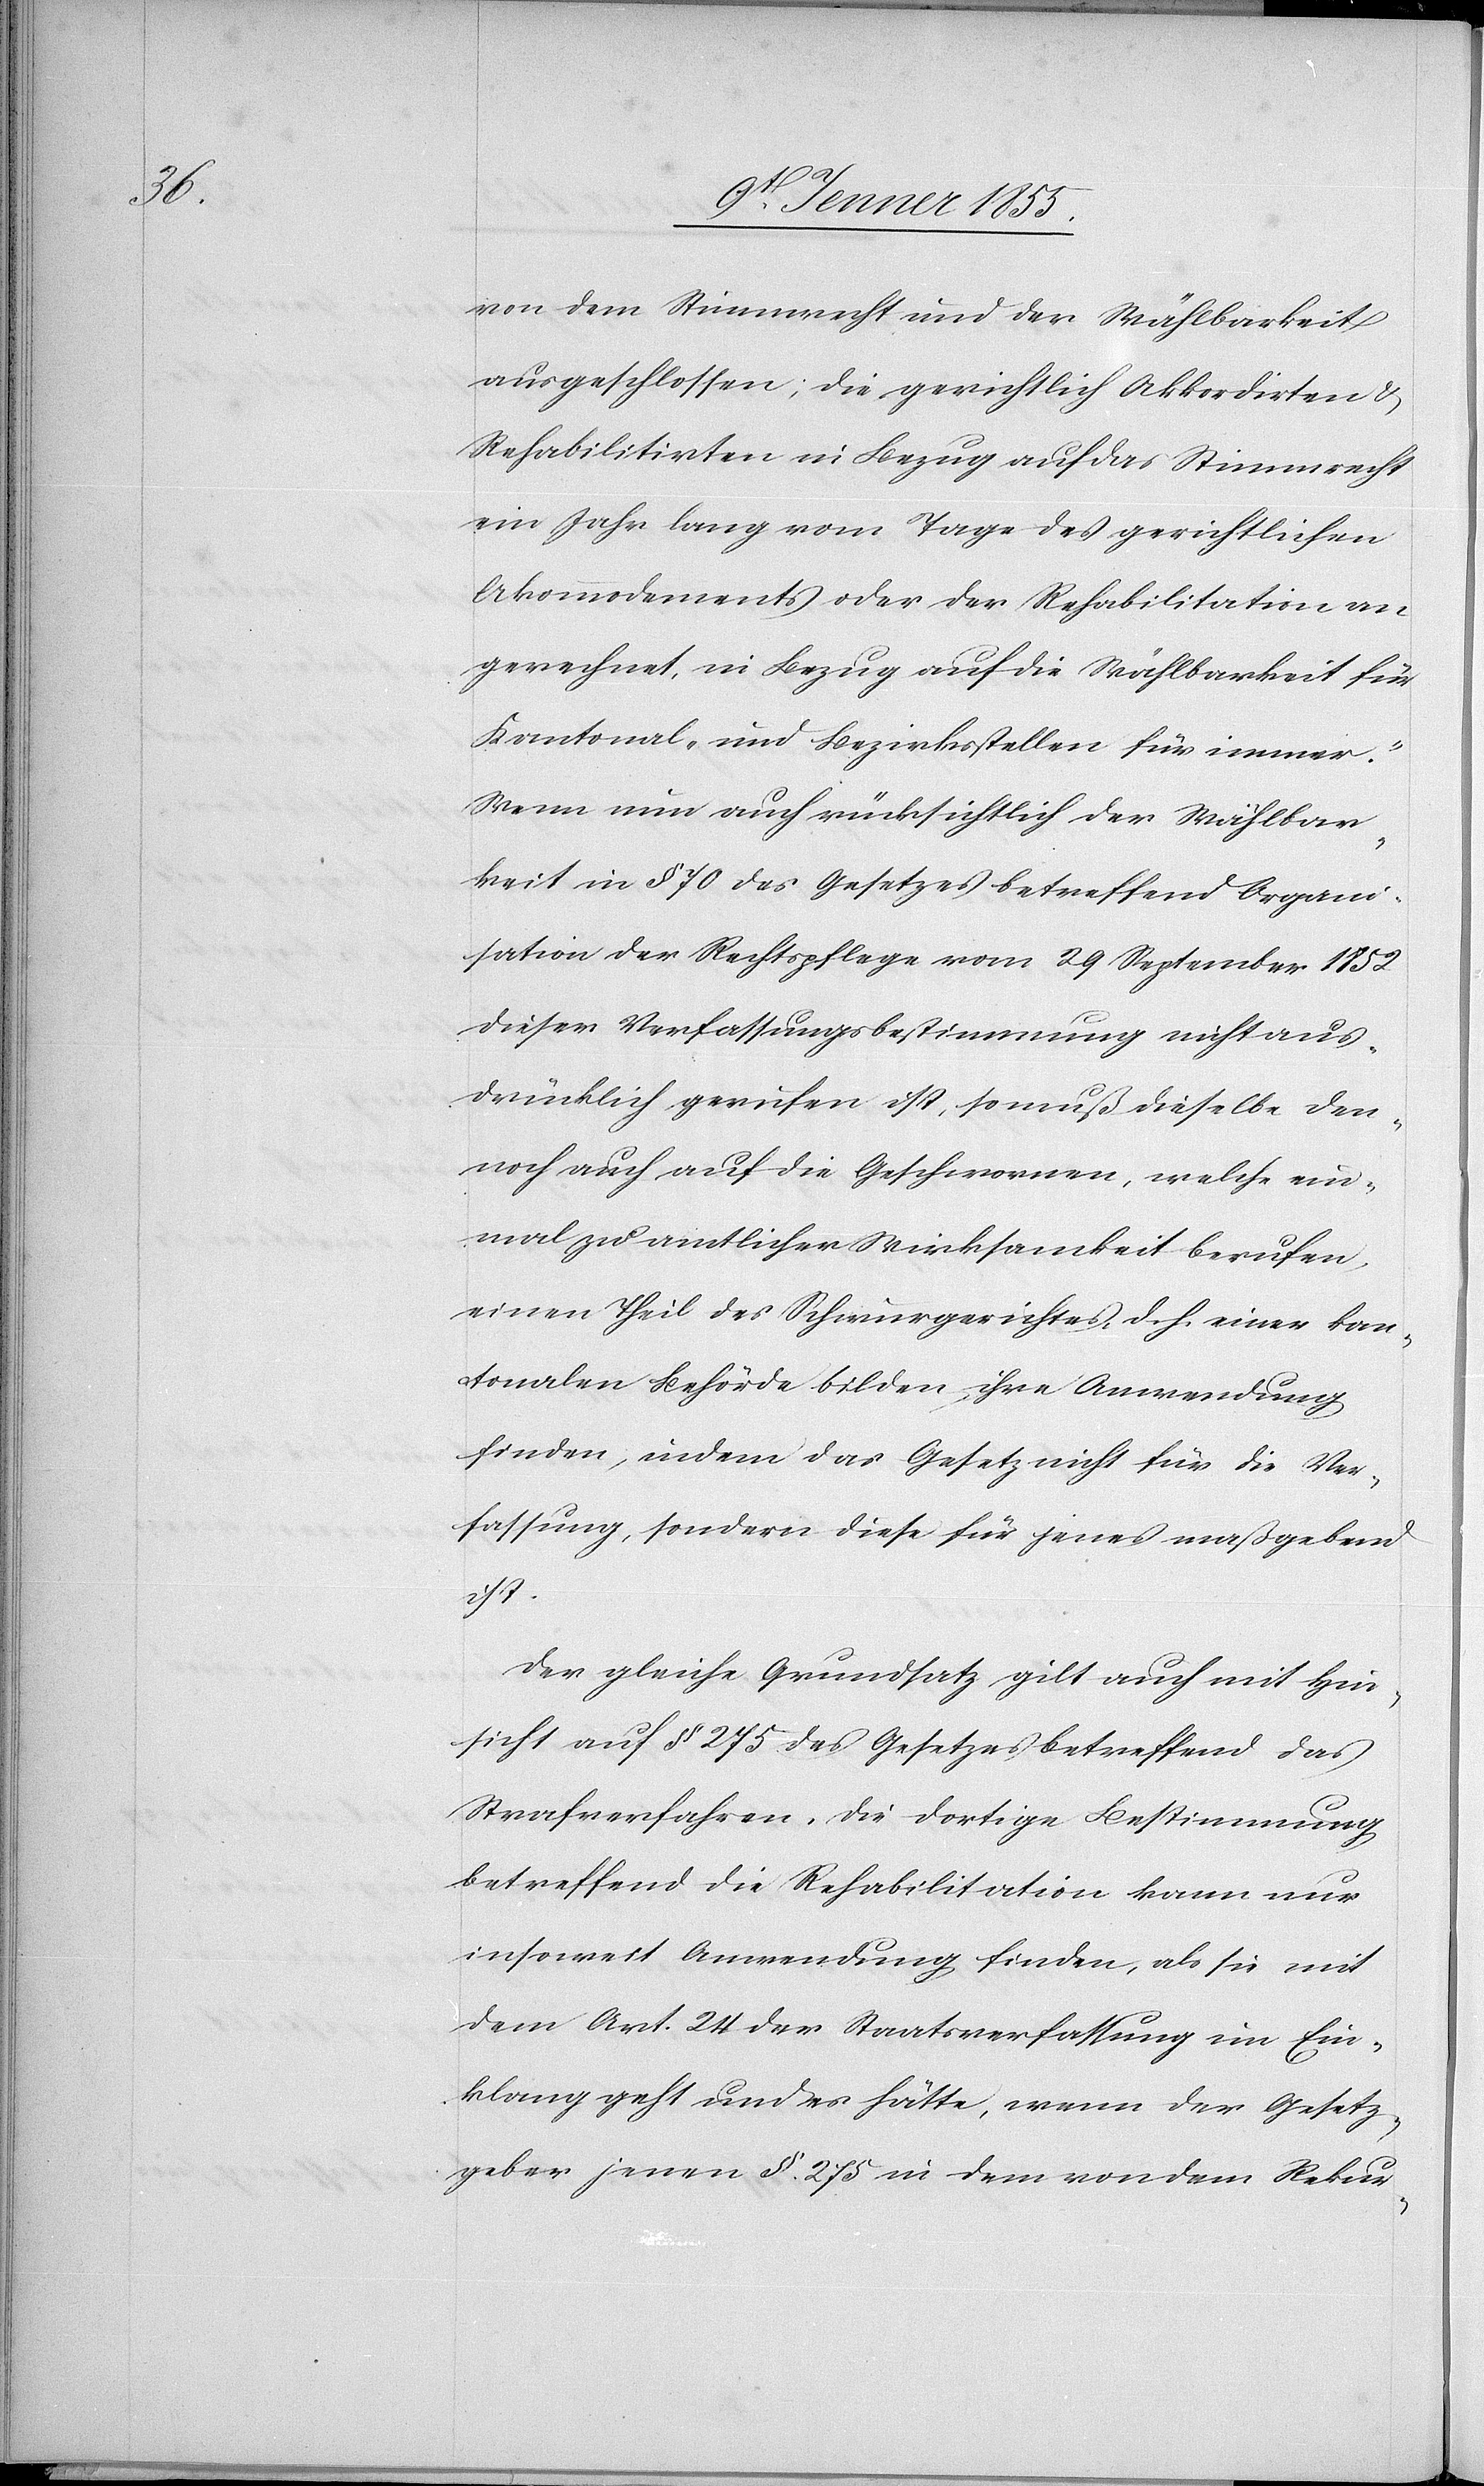
von dem Stimmrecht und der Wählbarkeit
ausgeschlossen; [‚]die gerichtlich Akkordirten &
Rehabilitirten in Bezug auf das Stimmrecht
ein Jahr lang vom Tage des gerichtlichen
Akommodements oder der Rehabilitation an
gerechnet, in Bezug auf die Wählbarkeit für
Kantonal- und Bezirksstellen für immer.‘
Wenn nun auch rücksichtlich der Wählbar¬
keit in § 70 des Gesetzes betreffend Organi¬
sation der Rechtspflege vom 29 September 1852
dieser Verfassungsbestimmung nicht aus¬
drücklich gerufen ist, so muß dieselbe den¬
noch auch auf die Geschwornen, welche ein¬
mal zu amtlicher Wirksamkeit berufen,
einen Theil des Schwurgerichtes, d. h. einer kan¬
tonalen Behörde bilden, ihre Anwendung
finden, indem das Gesetz nicht für die Ver¬
fassung, sondern diese für jenes maßgebend
ist.
Der gleiche Grundsatz gilt auch mit Hin¬
sicht auf § 275 des Gesetzes betreffend das
Strafverfahren. Die dortige Bestimmung
betreffend die Rehabilitation kann nur
insoweit Anwendung finden, als sie mit
dem Art. 24 der Staatsverfassung im Ein¬
klang geht und es hätte, wenn der Gesetz¬
geber jenen §. 275 in dem von dem Rekur-